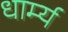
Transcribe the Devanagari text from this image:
धार्म्य